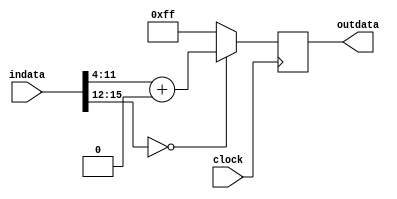
/**********************************************
______________                ______________
______________ \  /\  /|\  /| ______________
______________  \/  \/ | \/ | ______________
descript:
author : Young
Version: VERA.0.1 : 2015/10/30 10:57:22
	xxxxx = xxxx_{|x12}
creaded: 2015/7/23 13:56:28
madified:2015/10/30 10:57:18
***********************************************/
`timescale 1ns/1ps
module ceiling #(
	parameter	DSIZE		= 16,
	parameter	CSIZE		= 4,		//must smaller than DSIZE
	parameter	OSIZE		= 8,        //must not bigger than DSIZE-CSIZE
	parameter	SEQUENTIAL	= "TRUE"
)(
	input				clock	,
	input [DSIZE-1:0]	indata  ,
	output[OSIZE-1:0]	outdata
);


reg [OSIZE-1:0]		result = {OSIZE{1'b0}};
wire[OSIZE-1:0]		cm_result;
wire				carry_bit;
// assign	carry_bit	= (DSIZE>(CSIZE+OSIZE))? indata[DSIZE-1-CSIZE-OSIZE] : 1'b0;
assign	carry_bit	= 1'b0;

assign	cm_result	= (indata[DSIZE-1-:CSIZE] == {CSIZE{1'b0}})? indata[DSIZE-1-CSIZE-:OSIZE]+carry_bit : {OSIZE{1'b1}};

always@(posedge clock)
	result	<= cm_result;


assign	outdata	= (SEQUENTIAL == "TRUE")? result : (SEQUENTIAL == "FALSE")? cm_result : {OSIZE{1'b0}};

endmodule